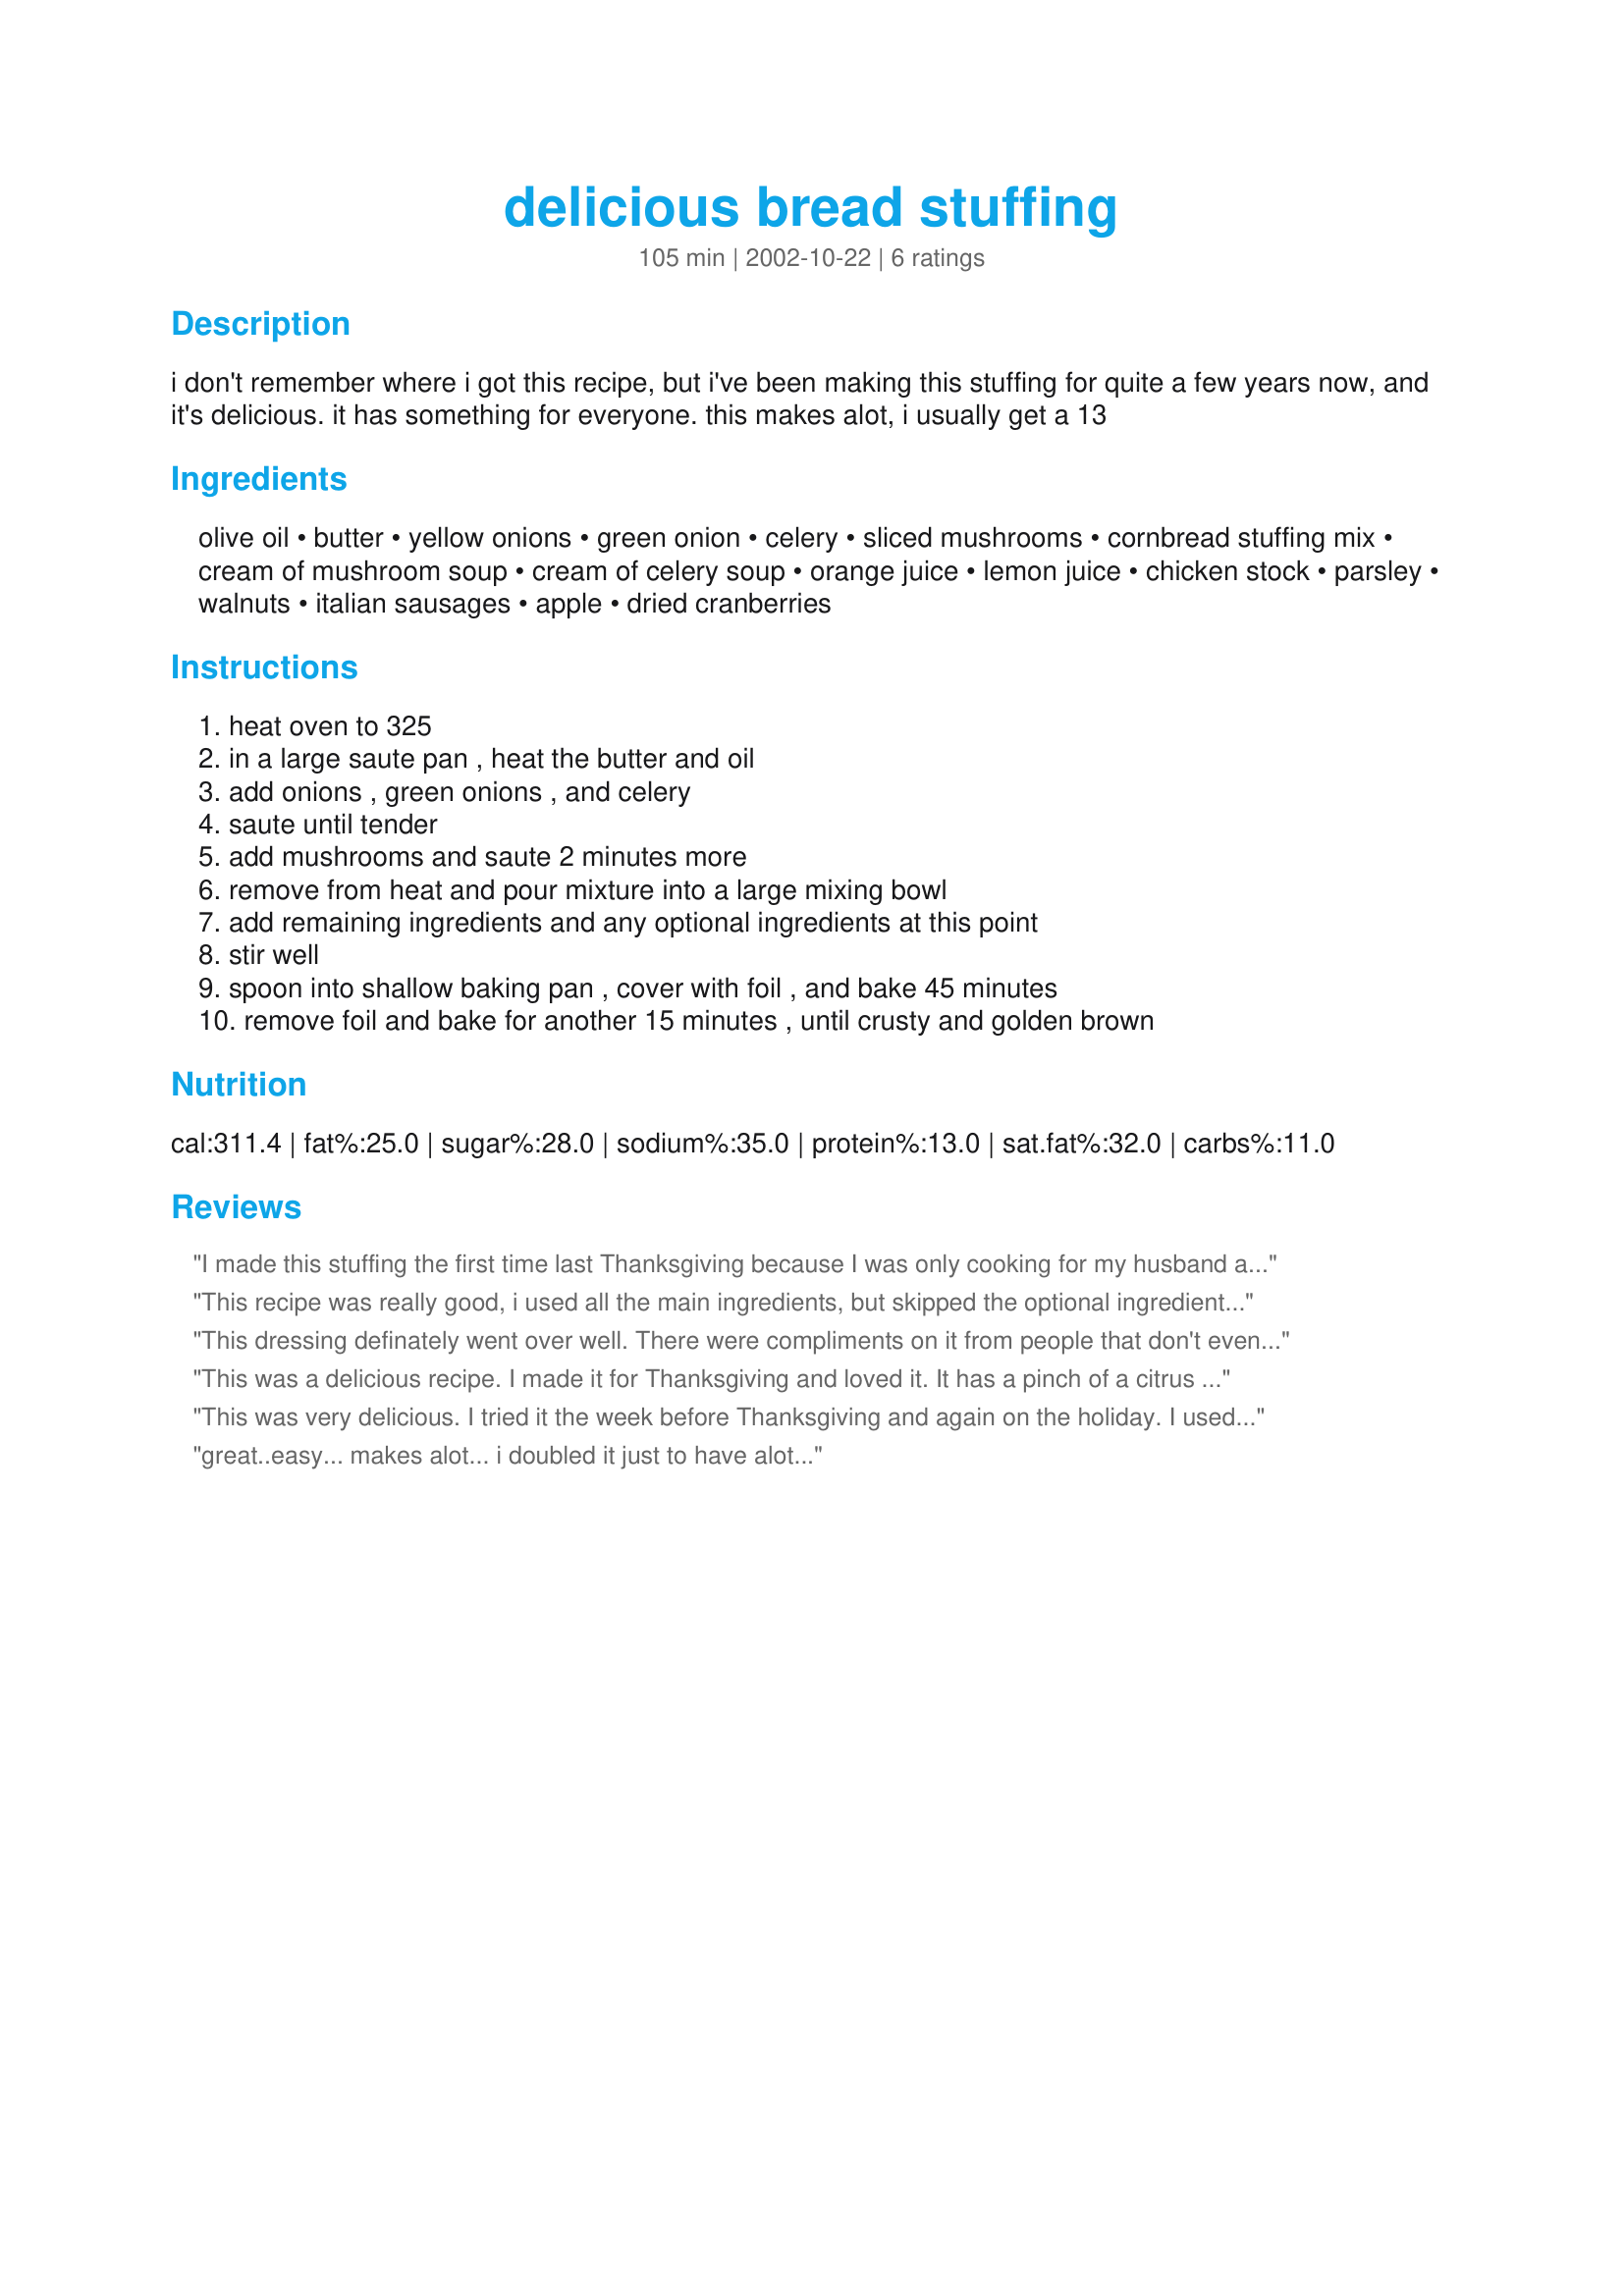
delicious bread stuffing
Preparation time: 105 minutes

i don't remember where i got this recipe, but i've been making this stuffing for quite a few years now, and it's delicious. it has something for everyone. this makes alot, i usually get a 13

Ingredients:
olive oil, butter, yellow onions, green onion, celery, sliced mushrooms, cornbread stuffing mix, cream of mushroom soup, cream of celery soup, orange juice, lemon juice, chicken stock, parsley, walnuts, italian sausages, apple, dried cranberries

Steps:
heat oven to 325, in a large saute pan , heat the butter and oil, add onions , green onions , and celery, saute until tender, add mushrooms and saute 2 minutes more, remove from heat and pour mixture into a large mixing bowl, add remaining ingredients and any optional ingredients at this point, stir well, spoon into shallow baking pan , cover with foil , and bake 45 minutes, remove foil and bake for another 15 minutes , until crusty and golden brown

Reviews:
I made this stuffing the first time last Thanksgiving because I was only cooking for my husband and me so I decided to try something new instead of using the recipe that everyone else is used to and which I find kind of boring. I was a little hesitant about the canned soups, but I was intrigued by the use of the citrus juices so I gave it a try. I made it exactly as written and I added the cranberries. The citrus juices freshened and brightened the taste...it was so good. We had lots of leftovers but we liked it so much, that was no problem. I'm going to make it again this Thanksgiving because I don't think it's so different from traditional that the rest of the family will dislike it, but it is different too. Thank you for posting this delicious recipe!
This recipe was really good, i used all the main ingredients, but skipped the optional ingredients to make it more simple for other peoples' tastes. Everyone loved it, next time i do this stuffing i will add some of the other ingredients, thanks for the recipe... loved it!
This dressing definately went over well. There were compliments on it from people that don't even like dressing. I used all of the optionals except for the nuts, and it was certainly a crowd pleaser.
This was a delicious recipe. I made it for Thanksgiving and loved it. It has a pinch of a citrus taste and its so different yet so good. I will make this one again. Very delicious recipe. Thank you, leeannr.
This was very delicious. I tried it the week before Thanksgiving and again on the holiday. I used white bread and added no additional mushrooms because not everyone likes them. Everyone loved it........not your ordinary stuffing!!!!
great..easy... makes alot... i doubled it just to have alot...
